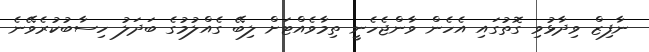
ނާފިޒް ވިދާޅުވި ގޮތުގައި އެހެން ވާންޖެހެނީ ތިމާވެއްޓަށް ލިބޭ ގެއްލުމުގެ ބަދަލު ހިސާބުކުރެވޭނެ